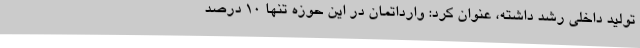
تولید داخلی رشد داشته، عنوان کرد: وارداتمان در این حوزه تنها ۱۰ درصد